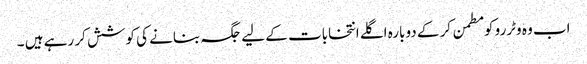
اب وہ وٹررو کو مطمن کر کے دوبارہ اگلے انتخابات کے لیے جگہ بنانے کی کوشش کر رہے ہیں ۔